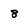
Character: 8